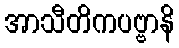
အာသီတိကပဗ္ဗာနိ